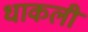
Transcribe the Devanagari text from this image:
धाकली